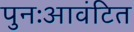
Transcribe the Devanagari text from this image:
पुनःआवंटित